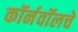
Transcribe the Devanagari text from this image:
कॉर्नवॉलचे